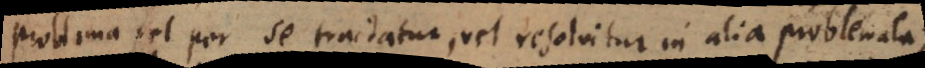
Problema vel per se tractatur, vel resolvitur in alia problemata;